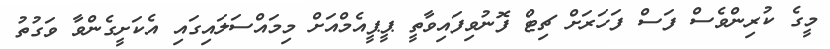
މީގެ ކުރިންވެސް ފަސް ފަހަރަށް ޗިޓް ފޮނުވިފައިވާތީ ޕީޕީއެމްއަށް މިމައްސަލައިގައި އެކަށީގެންވާ ވަގުތު